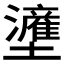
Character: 𱘙